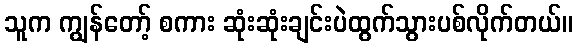
သူက ကျွန်တော့် စကား ဆုံးဆုံးချင်းပဲထွက်သွားပစ်လိုက်တယ်။